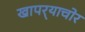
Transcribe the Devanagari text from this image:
खापर्‍याचोर